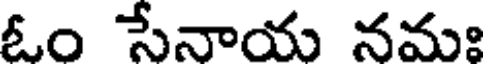
ఓం సేనాయ నమః